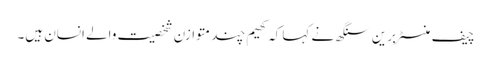
چیف منسٹر برین سنگھ نے کہا کہ کھیم چند متوازن شخصیت والے انسان ہیں۔